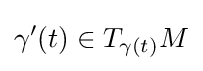
\gamma '(t)\in T_{\gamma (t)}M